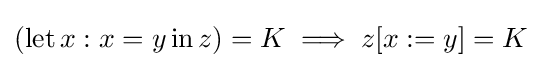
(\operatorname {let} x:x=y\operatorname {in} z)=K\implies z[x:=y]=K